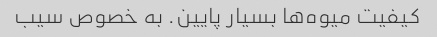
کیفیت میوه‌ها بسیار پایین. به خصوص سیب